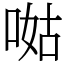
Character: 𠵎